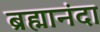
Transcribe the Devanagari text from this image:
ब्रह्मानंदा